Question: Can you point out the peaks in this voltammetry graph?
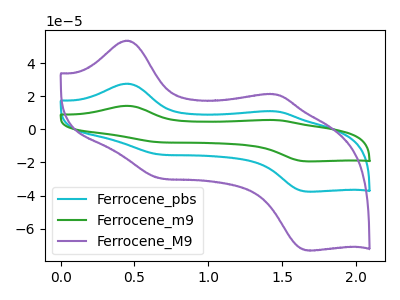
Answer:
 <answer>The cyan curve "Ferrocene_pbs" has anodic peaks at (0.45V, 27.55uA) (1.45V, 10.85uA) and cathodic peaks at (0.65V, -15.15uA) (1.65V, -37.60uA). The green curve "Ferrocene_m9" has anodic peaks at (0.45V, 55.05uA) (1.45V, 21.75uA) and cathodic peaks at (0.65V, -30.35uA) (1.65V, -75.20uA). The purple curve "Ferrocene_M9" has anodic peaks at (0.45V, 53.50uA) (1.45V, 21.10uA) and cathodic peaks at (0.65V, -29.45uA) (1.65V, -73.05uA).</answer>
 <eval></eval>